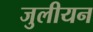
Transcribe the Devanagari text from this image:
जुलीयन